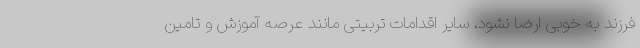
فرزند به خوبی ارضا نشود، سایر اقدامات تربیتی مانند عرصه آموزش و تامین